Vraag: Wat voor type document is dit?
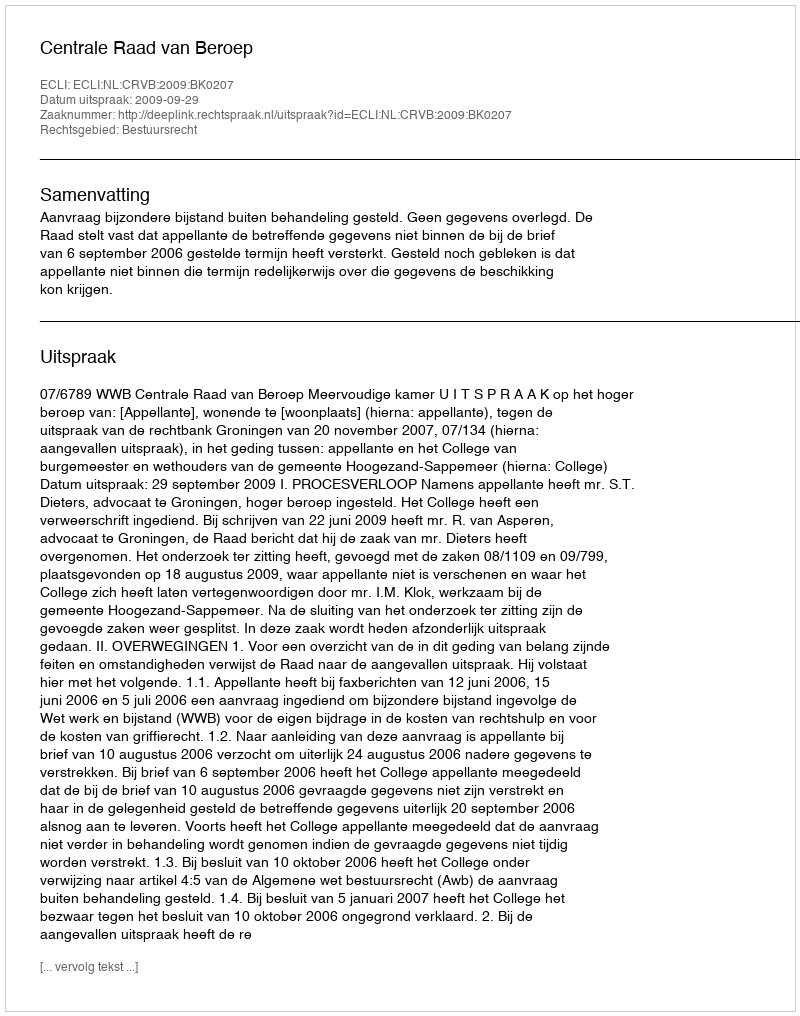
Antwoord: Uitspraak